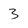
Character: 3